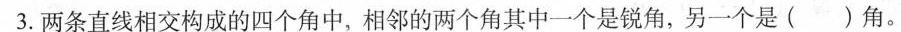
3.两条直线相交构成的四个角中，相邻的两个角其中一个是锐角，另一个是( )角。